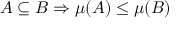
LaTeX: A \subseteq B \Rightarrow \mu ( A ) \leq \mu ( B )